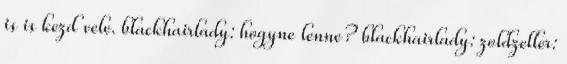
is is kezd vele. blackhairlady: hogyne lenne? blackhairlady: zoldzeller: